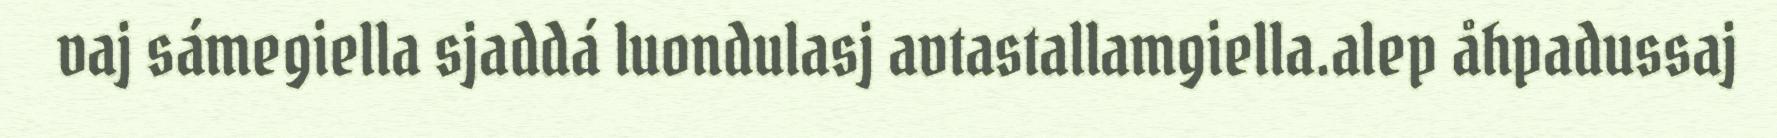
vaj sámegiella sjaddá luondulasj avtastallamgiella.alep åhpadussaj